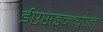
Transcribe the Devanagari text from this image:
ईएसडब्ल्यूएल